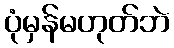
ပုံမှန်မဟုတ်ဘဲ